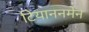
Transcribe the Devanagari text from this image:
टियाननमेन